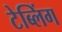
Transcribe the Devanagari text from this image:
टेब्लिंग